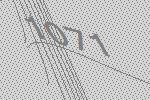
1071